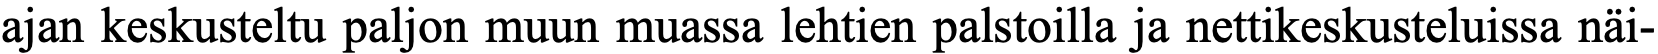
ajan keskusteltu paljon muun muassa lehtien palstoilla ja nettikeskusteluissa näi-